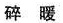
碎暖